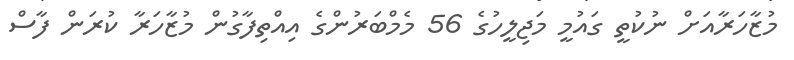
މުޒާހަރާއަށް ނުކުތީ ގައުމީ މަޖިލީހުގެ 56 މެމްބަރުންގެ އިއްތިފާގުން މުޒާހަރާ ކުރަން ފާސް